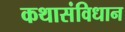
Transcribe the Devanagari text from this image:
कथासंविधान